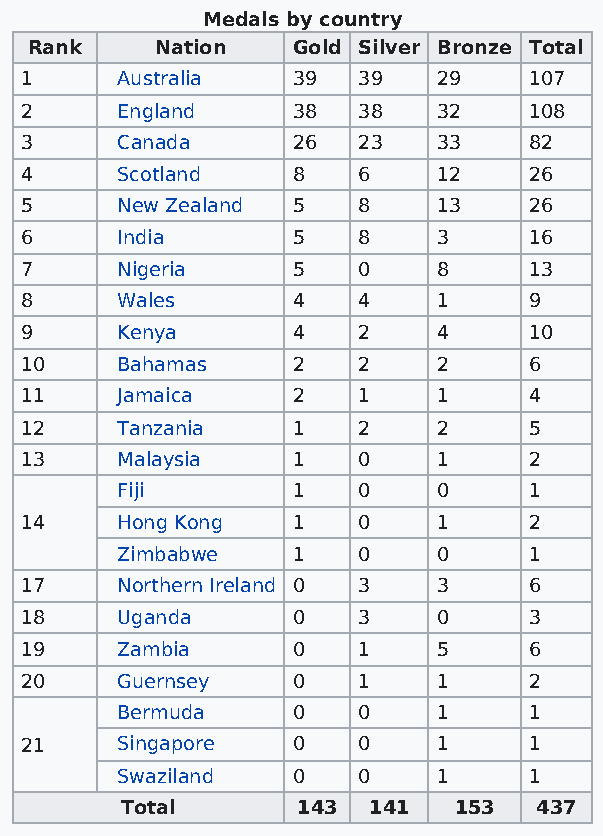
Medals by country
 Rank    Nation   Gold Silver Bronze Total
 1      Australia  39   39   29    107
 2      England    38   38   32    108
 3      Canada     26   23   33    82
 4      Scotland   8    6    12    26
 5      New Zealand 5   8    13    26
 6      India      5    8    3     16
 7      Nigeria    5    0    8     13
 8      Wales      4    4    1     9
 9      Kenya      4    2    4     10
 10     Bahamas    2    2    2     6
 11     Jamaica    2    1    1     4
 12     Tanzania   1    2    2     5
 13     Malaysia   1    0    1     2
 Fiji       1    0    0     1
 14     Hong Kong  1    0    1     2
 Zimbabwe   1    0    0     1
 17     Northern Ireland 0 3 3     6
 18     Uganda     0    3    0     3
 19     Zambia     0    1    5     6
 20     Guernsey   0    1    1     2
 Bermuda    0    0    1     1
 21     Singapore  0    0    1     1
 Swaziland  0    0    1     1
 Total       143 141   153  437